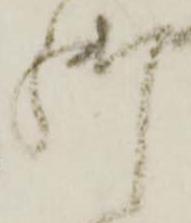
御